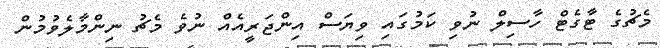
މެޗުގެ ޓާގެޓް ހާސިލް ނުވި ކަމުގައި ވިޔަސް އިންޖަރީއެއް ނުވެ މެޗު ނިންމާލެވުމުން